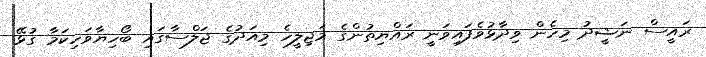
ރައީސް ނަޝީދު މިހެން ވިދާޅުވެފައިވަނީ ރައްޔިތުންގެ މަޖިލީހެ މިއަދުގެ ޖަލްސާގައި ބޯހިޔާވަހިކަމާ ގުޅޭ